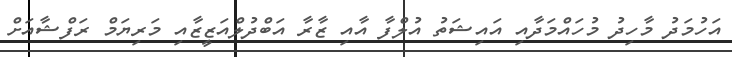
އަހުމަދު މާހިދު މުހައްމަދާއި އައިޝަތު އުލްފާ އާއި ޒާރާ އަބްދުލްއަޒީޒާއި މަރިޔަމް ރަފްޝާއަށް